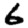
Digit: 6